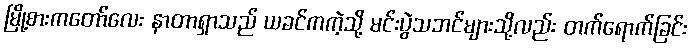
မြို့စားကတော်လေး နာတာရှာသည် ယခင်ကကဲ့သို့ မင်းပွဲသဘင်များသို့လည်း တက်ရောက်ခြင်း